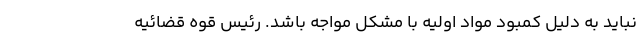
نباید به دلیل کمبود مواد اولیه با مشکل مواجه باشد. رئیس قوه قضائیه